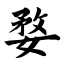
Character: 婺